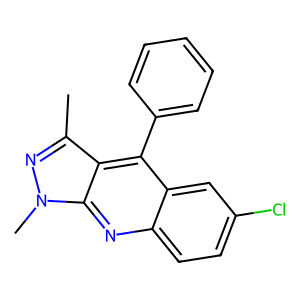
SMILES: Cc1nn(C)c2nc3ccc(Cl)cc3c(-c3ccccc3)c12
Inhibits HIV replication: No